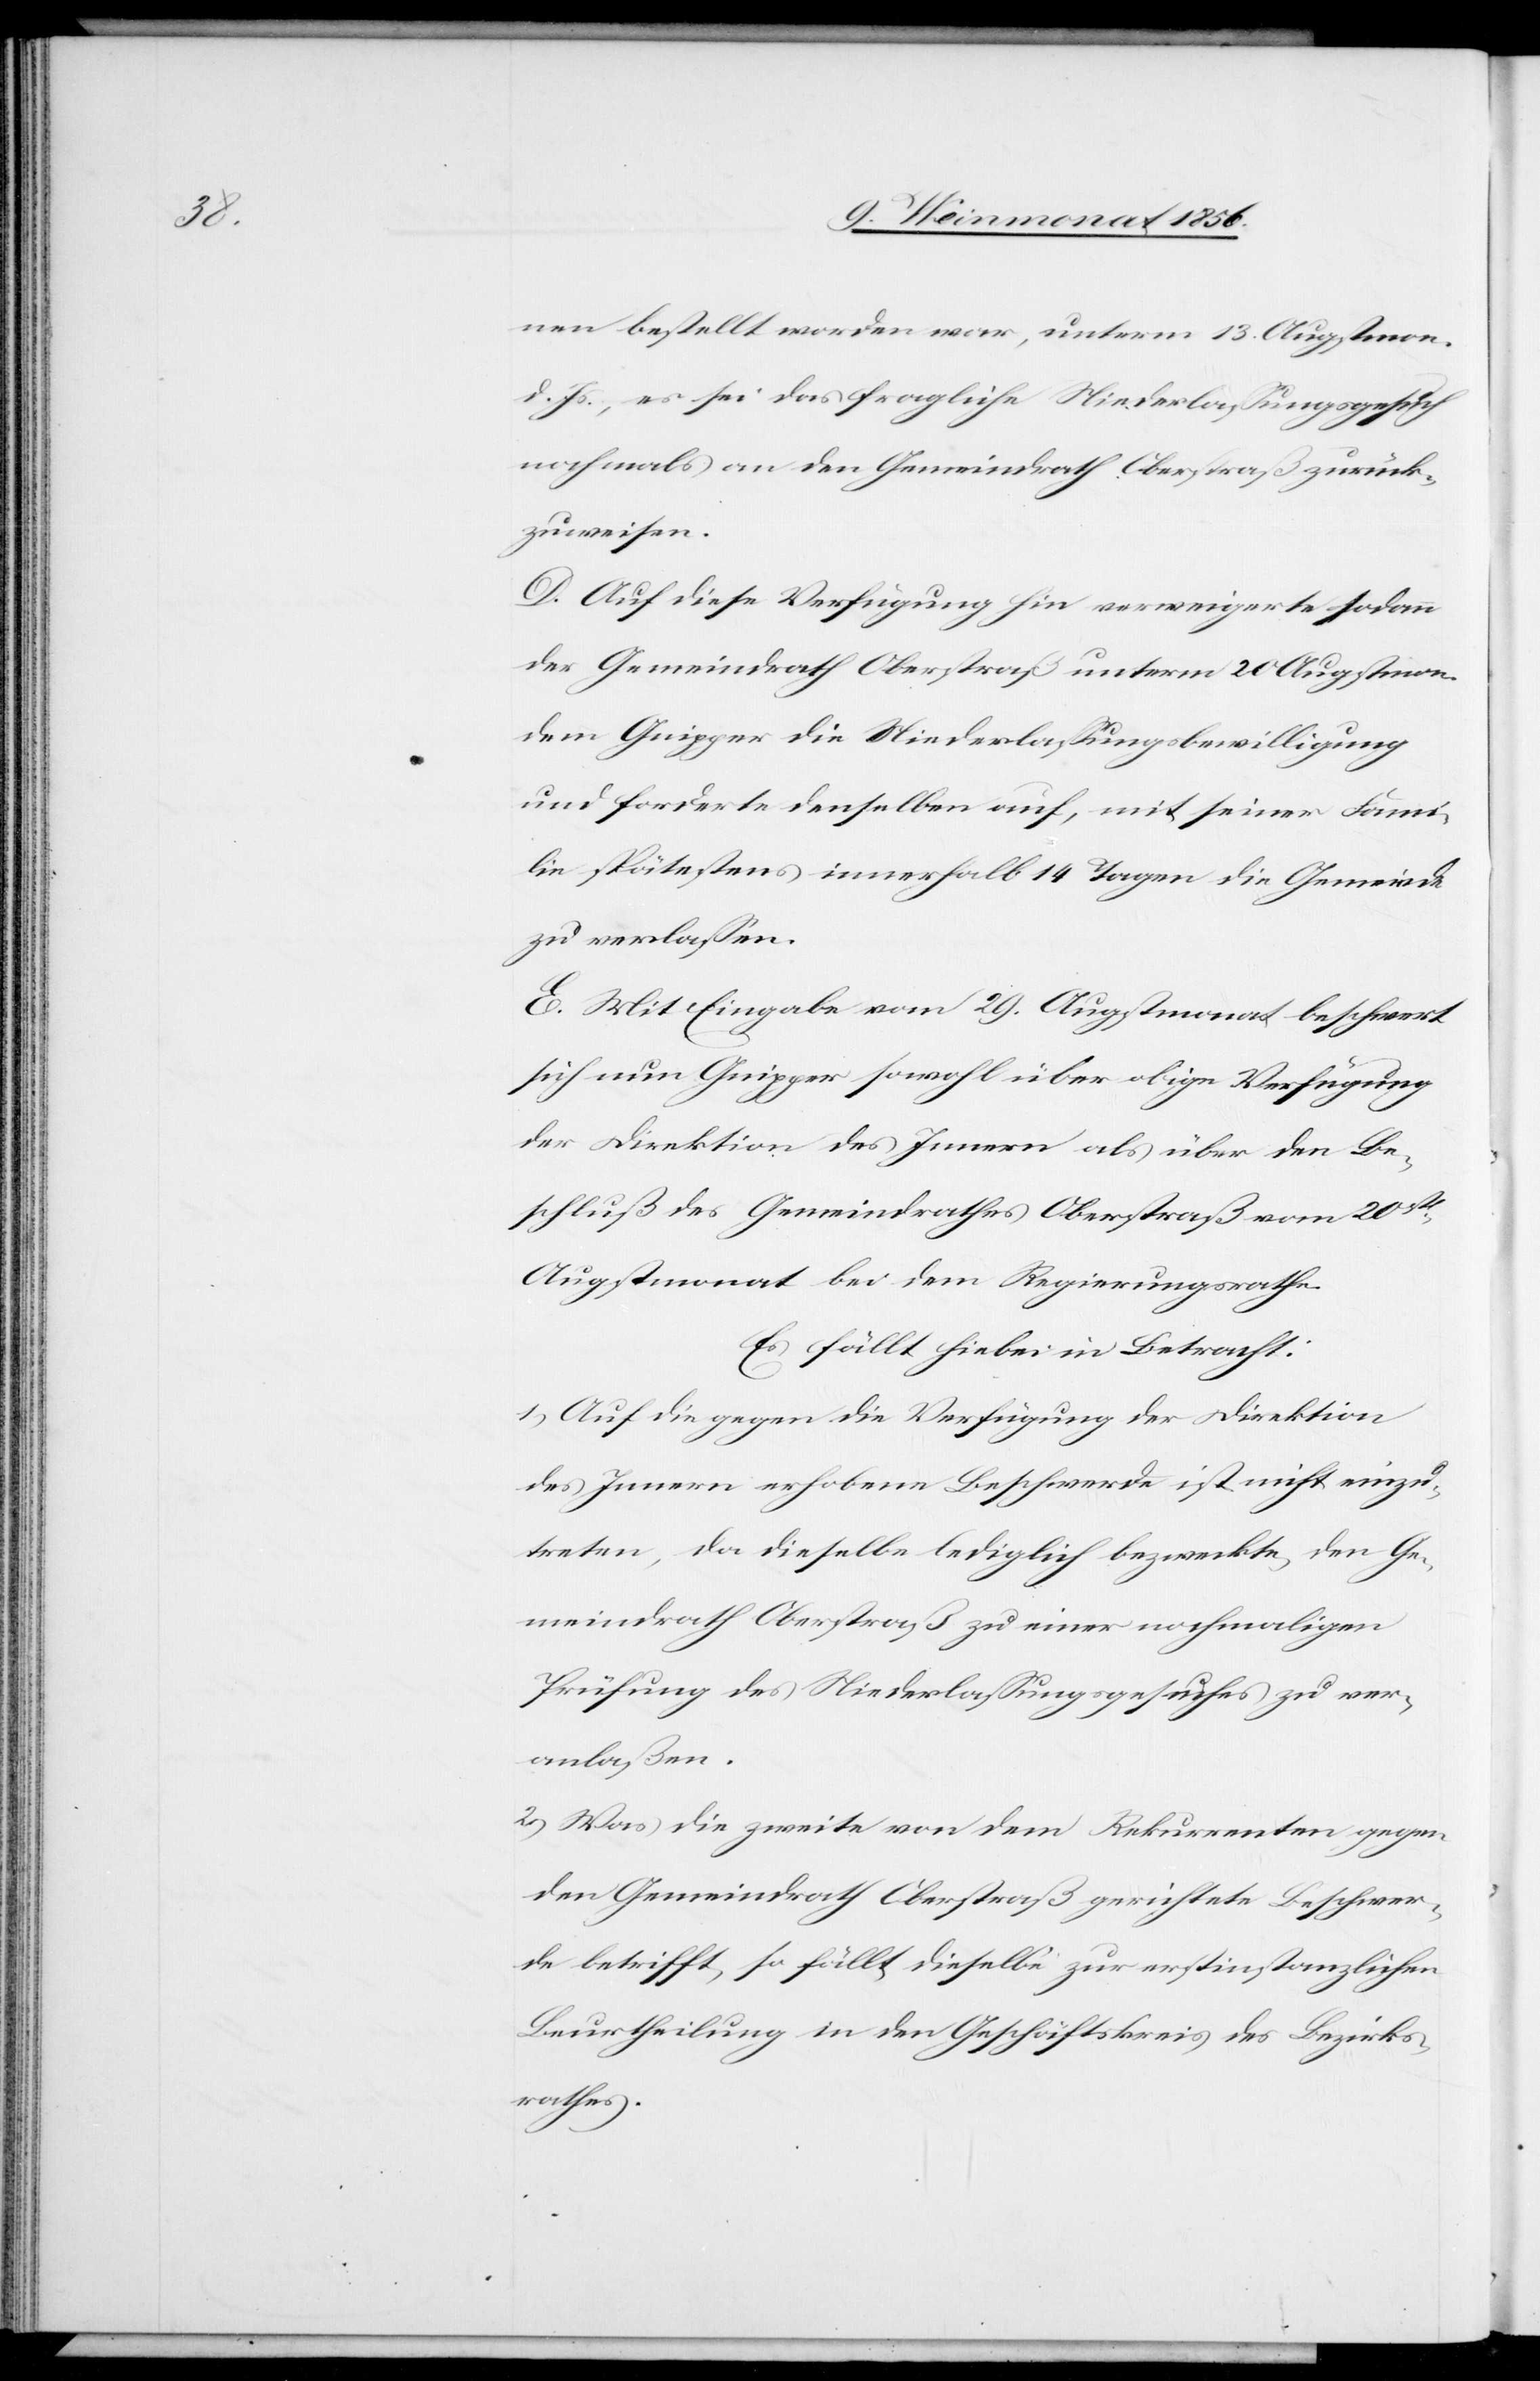
nen bestellt worden war, unterm 13. Augstmon.
d. Js., es sei das fragliche Niederlassungsgesuch
nochmals an den Gemeindrath Oberstraß zurück¬
zuweisen.
D. Auf diese Verfügung hin verweigerte sodann
der Gemeindrath Oberstraß unterm 20 Augstmon.
dem Gnipper die Niederlassungsbewilligung
und forderte denselben auf, mit seiner Fami¬
lie spätestens innerhalb 14 Tagen die Gemeinde
zu verlassen.
E. Mit Eingabe vom 29. Augstmonat beschwert
sich nun Gnipper sowohl über obige Verfügung
der Direktion des Innern als über den Be¬
schluß des Gemeindrathes Oberstraß vom 20st
Augstmonat bei dem Regierungsrathe.
Es fällt hiebei in Betracht:
1) Auf die gegen die Verfügung der Direktion
des Innern erhobene Beschwerde ist nicht einzu¬
treten, da dieselbe lediglich bezweckte, den Ge¬
meindrath Oberstraß zu einer nochmaligen
Prüfung des Niederlassungsgesuches zu ver¬
anlaßen.
2) Was die zweite von dem Rekurrenten gegen
den Gemeindrath Oberstraß gerichtete Beschwer¬
de betrifft, so fällt dieselbe zur erstinstanzlichen
Beurtheilung in den Geschäftskreis des Bezirks¬
rathes.